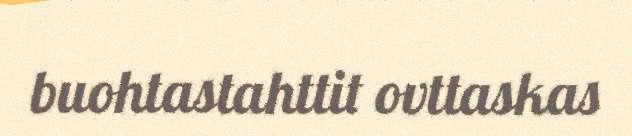
buohtastahttit ovttaskas